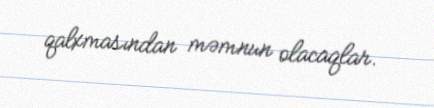
qalxmasından məmnun olacaqlar.